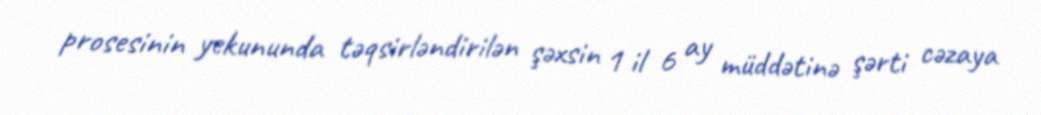
prosesinin yekununda təqsirləndirilən şəxsin 1 il 6 ay müddətinə şərti cəzaya